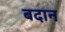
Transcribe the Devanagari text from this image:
बदान